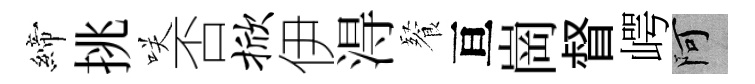
締挑咲否掀伊淂餐亘崗督崿阿